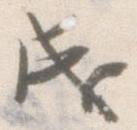
成